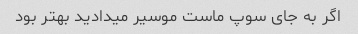
اگر به جای سوپ ماست موسیر میدادید بهتر بود